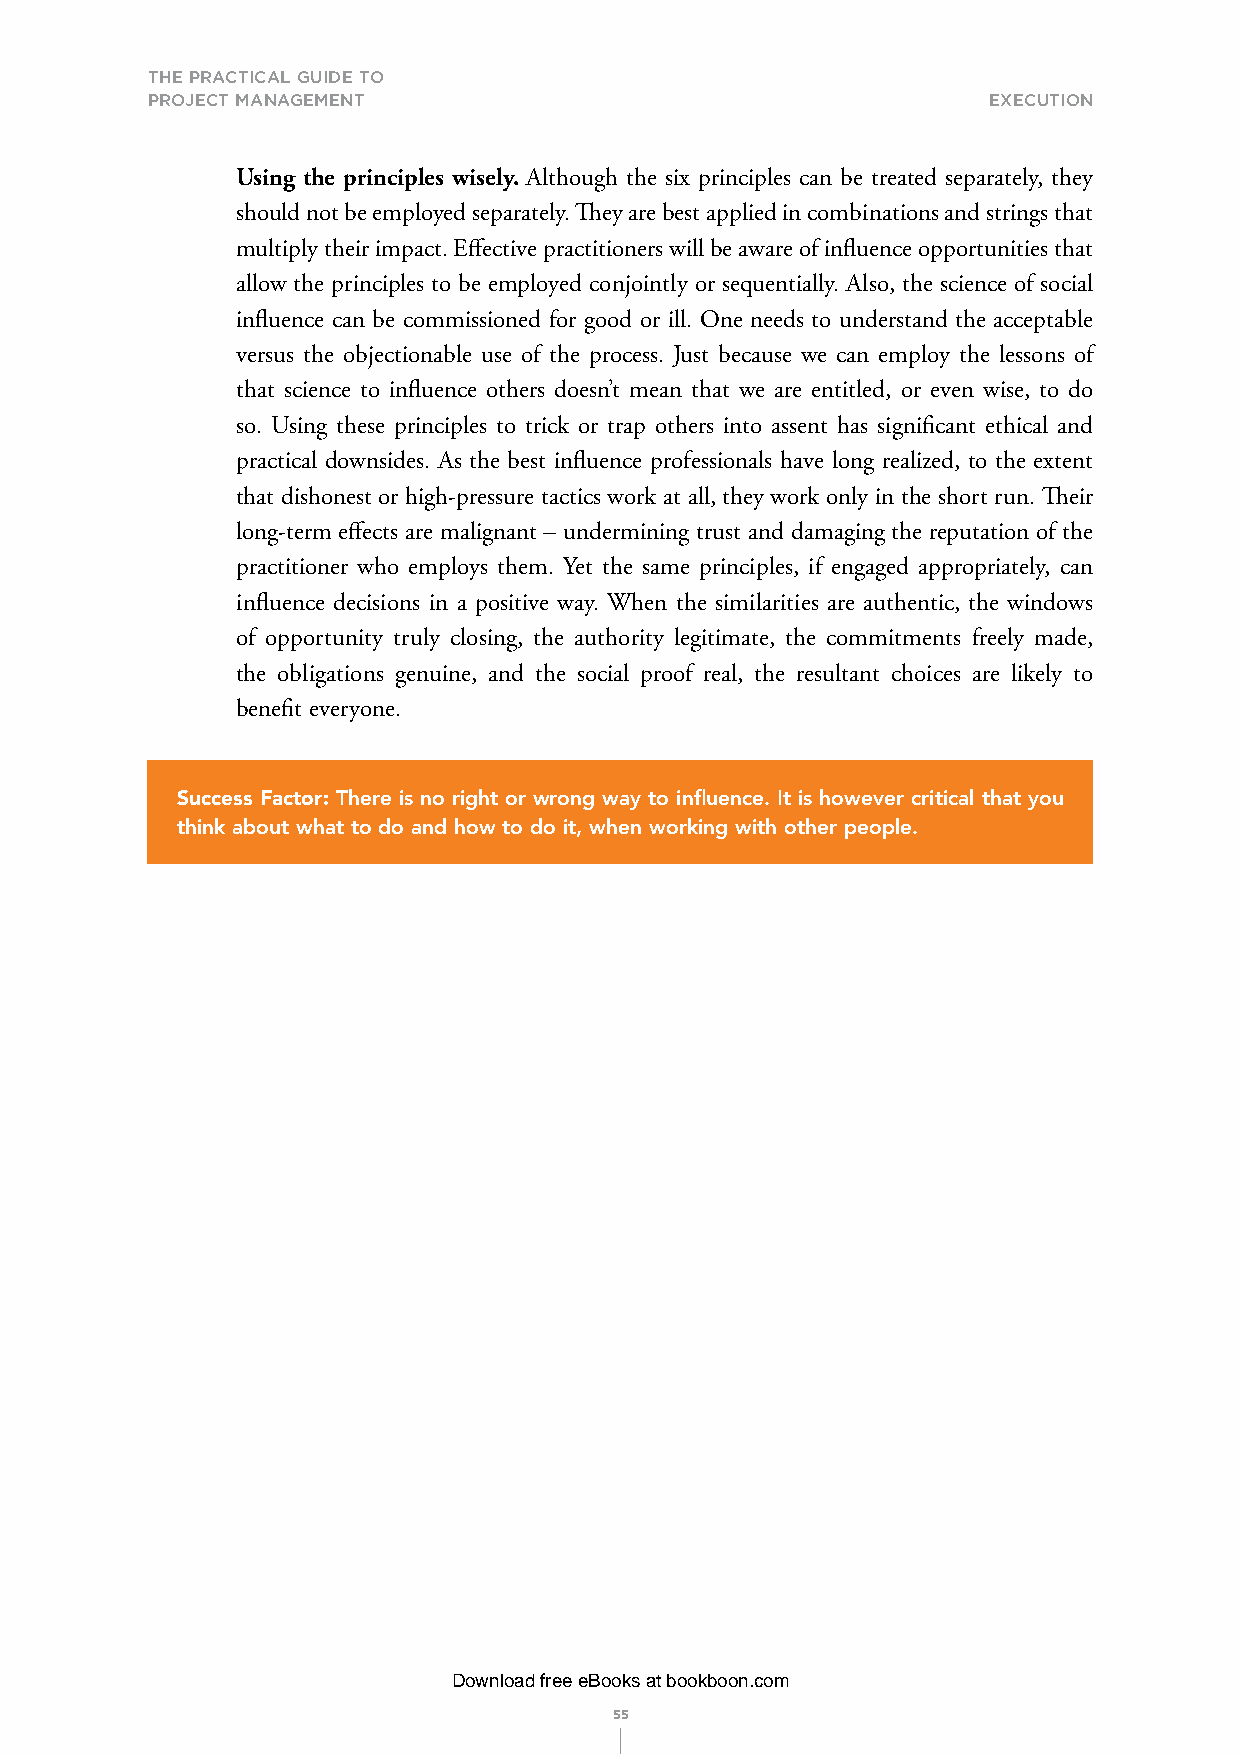
THE PRACTICAL GUIDE TO
 PROJECT MANAGEMENT                                     exeCutIon
 Using the principles wisely. Although the six principles can be treated separately, they
 should not be employed separately. They are best applied in combinations and strings that
 multiply their impact. Effective practitioners will be aware of influence opportunities that
 allow the principles to be employed conjointly or sequentially. Also, the science of social
 influence can be commissioned for good or ill. One needs to understand the acceptable
 versus the objectionable use of the process. Just because we can employ the lessons of
 that science to influence others doesn’t mean that we are entitled, or even wise, to do
 so. Using these principles to trick or trap others into assent has significant ethical and
 practical downsides. As the best influence professionals have long realized, to the extent
 that dishonest or high-pressure tactics work at all, they work only in the short run. Their
 long-term effects are malignant – undermining trust and damaging the reputation of the
 practitioner who employs them. Yet the same principles, if engaged appropriately, can
 influence decisions in a positive way. When the similarities are authentic, the windows
 of opportunity truly closing, the authority legitimate, the commitments freely made,
 the obligations genuine, and the social proof real, the resultant choices are likely to
 benefit everyone.
 Success Factor: There is no right or wrong way to influence. It is however critical that you
 think about what to do and how to do it, when working with other people.
 Download free eBooks at bookboon.com
 55